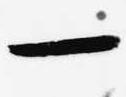
一